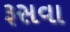
રૂસવા